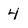
Character: 4